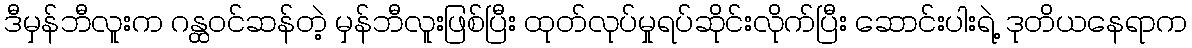
ဒီမှန်ဘီလူးက ဂန္ထဝင်ဆန်တဲ့ မှန်ဘီလူးဖြစ်ပြီး ထုတ်လုပ်မှုရပ်ဆိုင်းလိုက်ပြီး ဆောင်းပါးရဲ့ ဒုတိယနေရာက